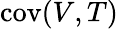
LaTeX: \operatorname{cov}(V,T)